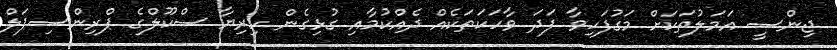
ޖިންސީ އަމަލުތަކަށް މަގުފަހިވާ ފަދަ ވާހަކަތަކެއް ދެއްކުމާއި ގުޅިގެން ހިރިޔާ ސްކޫލްގެ ޕްރިންސިޕަލް